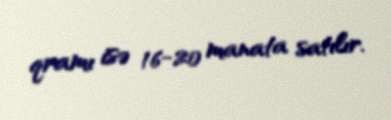
qramı isə 16-20 manata satılır.